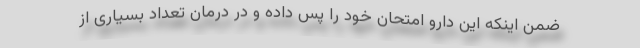
ضمن اینکه این دارو امتحان خود را پس داده و در درمان تعداد بسیاری از